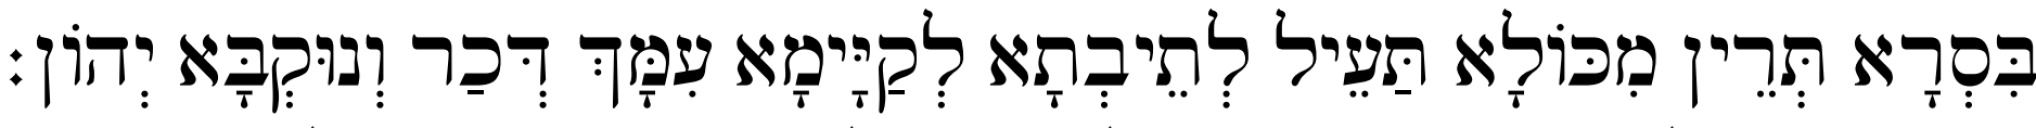
בִּסְרָא תְּרֵין מִכּוֹלָא תַּעֵיל לְתֵיבְתָא לְקַיָּימָא עִמָּךְ דְּכַר וְנוּקְבָּא יְהוֹן׃